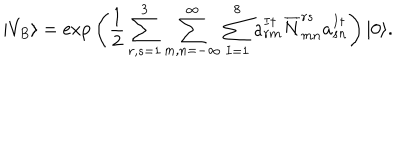
| V _ { B } \rangle = \mathrm { e x p } \left( \frac { 1 } { 2 } \sum _ { r , s = 1 } ^ { 3 } \sum _ { m , n = - \infty } ^ { \infty } \sum _ { I = 1 } ^ { 8 } a _ { r m } ^ { I \dagger } \overline { { { N } } } _ { m n } ^ { r s } a _ { s n } ^ { I \dagger } \right) | 0 \rangle .